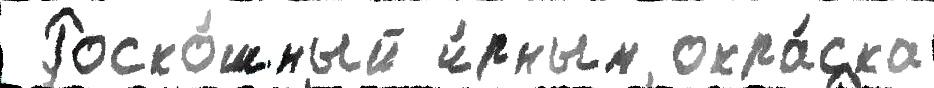
 Роско́шный ч́рным окра́ска